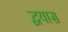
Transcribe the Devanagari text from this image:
द्वयास